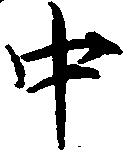
中